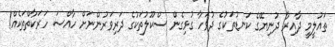
ތައުލީމީ ދާއިރާ ދުނިޔޭގެ ކަނޑުތަކުގެ ދުވަހާ ގުޅިގެން ސްކޫލުތަކުގެ ދަރިވަރުންނަށް ހާއްސަ ހަރަކާތްތަކެއް!